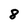
Character: 8